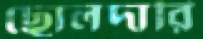
ছোলদারি